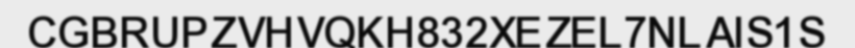
CGBRUPZVHVQKH832XEZEL7NLAIS1S